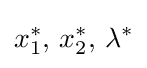
x_{1}^{*},\,x_{2}^{*},\,\lambda ^{*}